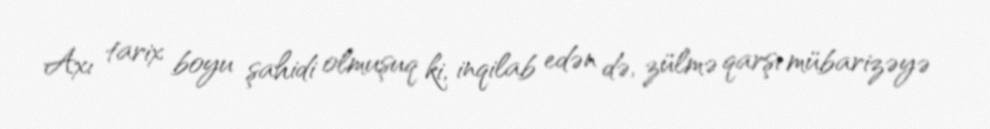
Axı tarix boyu şahidi olmuşuq ki, inqilab edən də, zülmə qarşı mübarizəyə